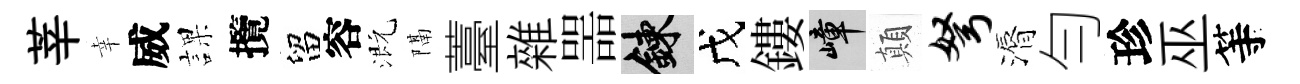
莘幸威課攬留容溉隔薹雜噐練戊鏤嶂顛弩漘勻珍巫等